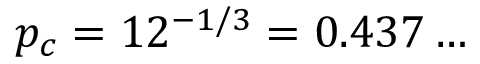
p _ { c } = 1 2 ^ { - 1 / 3 } = 0 . 4 3 7 \ldots